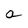
Character: a